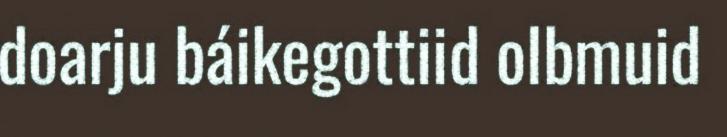
doarju báikegottiid olbmuid